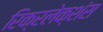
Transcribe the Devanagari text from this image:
रिक्रलेक्शंस